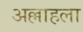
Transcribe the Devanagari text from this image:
अल्लाहला